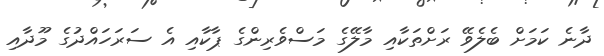
ދާނެ ކަމަށް ބެލެވޭ ރަށްތަކާއި މާލޭގެ މަސްވެރިންގެ ޕާކާއި އެ ސަރަހައްދުގެ މޫދާއި